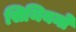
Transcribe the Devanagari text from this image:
सिथियनो